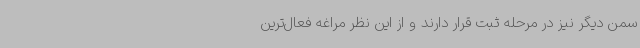
سمن دیگر نیز در مرحله ثبت قرار دارند و از این نظر مراغه فعال‌ترین